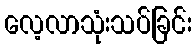
လေ့လာသုံးသပ်ခြင်း